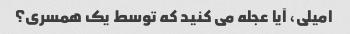
امیلی، آیا عجله می کنید که توسط یک همسری؟